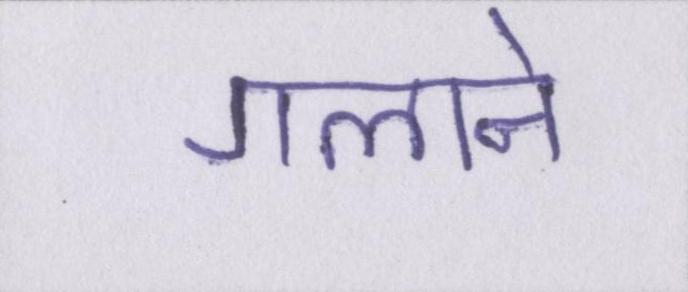
गलाने